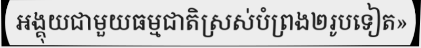
អង្គុយជាមួយធម្មជាតិស្រស់បំព្រង២រូបទៀត»